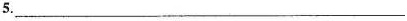
5.__________________